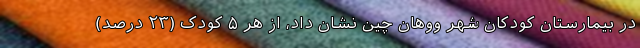
در بیمارستان کودکان شهر ووهان چین نشان داد، از هر ۵ کودک (۲۳ درصد)